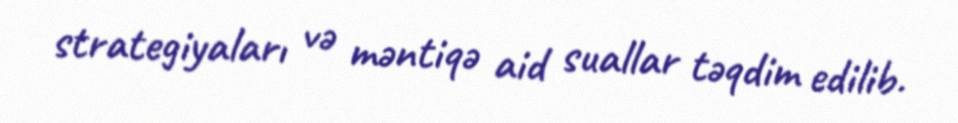
strategiyaları və məntiqə aid suallar təqdim edilib.